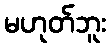
မဟုတ်ဘူး